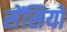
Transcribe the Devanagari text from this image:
सेंसियो